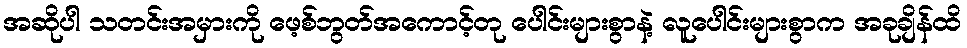
အဆိုပါ သတင်းအမှားကို ဖေ့စ်ဘွတ်အကောင့်တု ပေါင်းများစွာနဲ့ လူပေါင်းများစွာက အခုချိန်ထိ